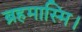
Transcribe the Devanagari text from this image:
ब्रहमास्मि।